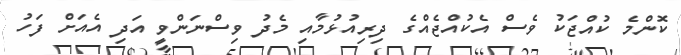
ކޮންމެ ކުއްޖަކު ވެސް އެކުއްޖެއްގެ ދިރިއުޅުމާއި މެދު ވިސްނަންވީ އަދި އެއަށް ފަހު